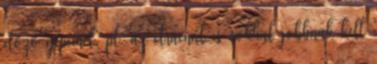
előző gépeinél, pl. az etracnál is sokkal jobbnak kell